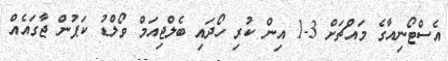
އެސްޓޯނިއާގެ މައްޗަށް 3-1 އިން ކުރި ހޯދައި ބެލްޖިއަމް ވޯލްޑު ކަޕުން ޖާގައެއް